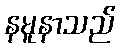
နမူနာသည်